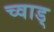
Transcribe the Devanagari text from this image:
च्वाड्